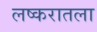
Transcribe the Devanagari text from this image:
लष्करातला